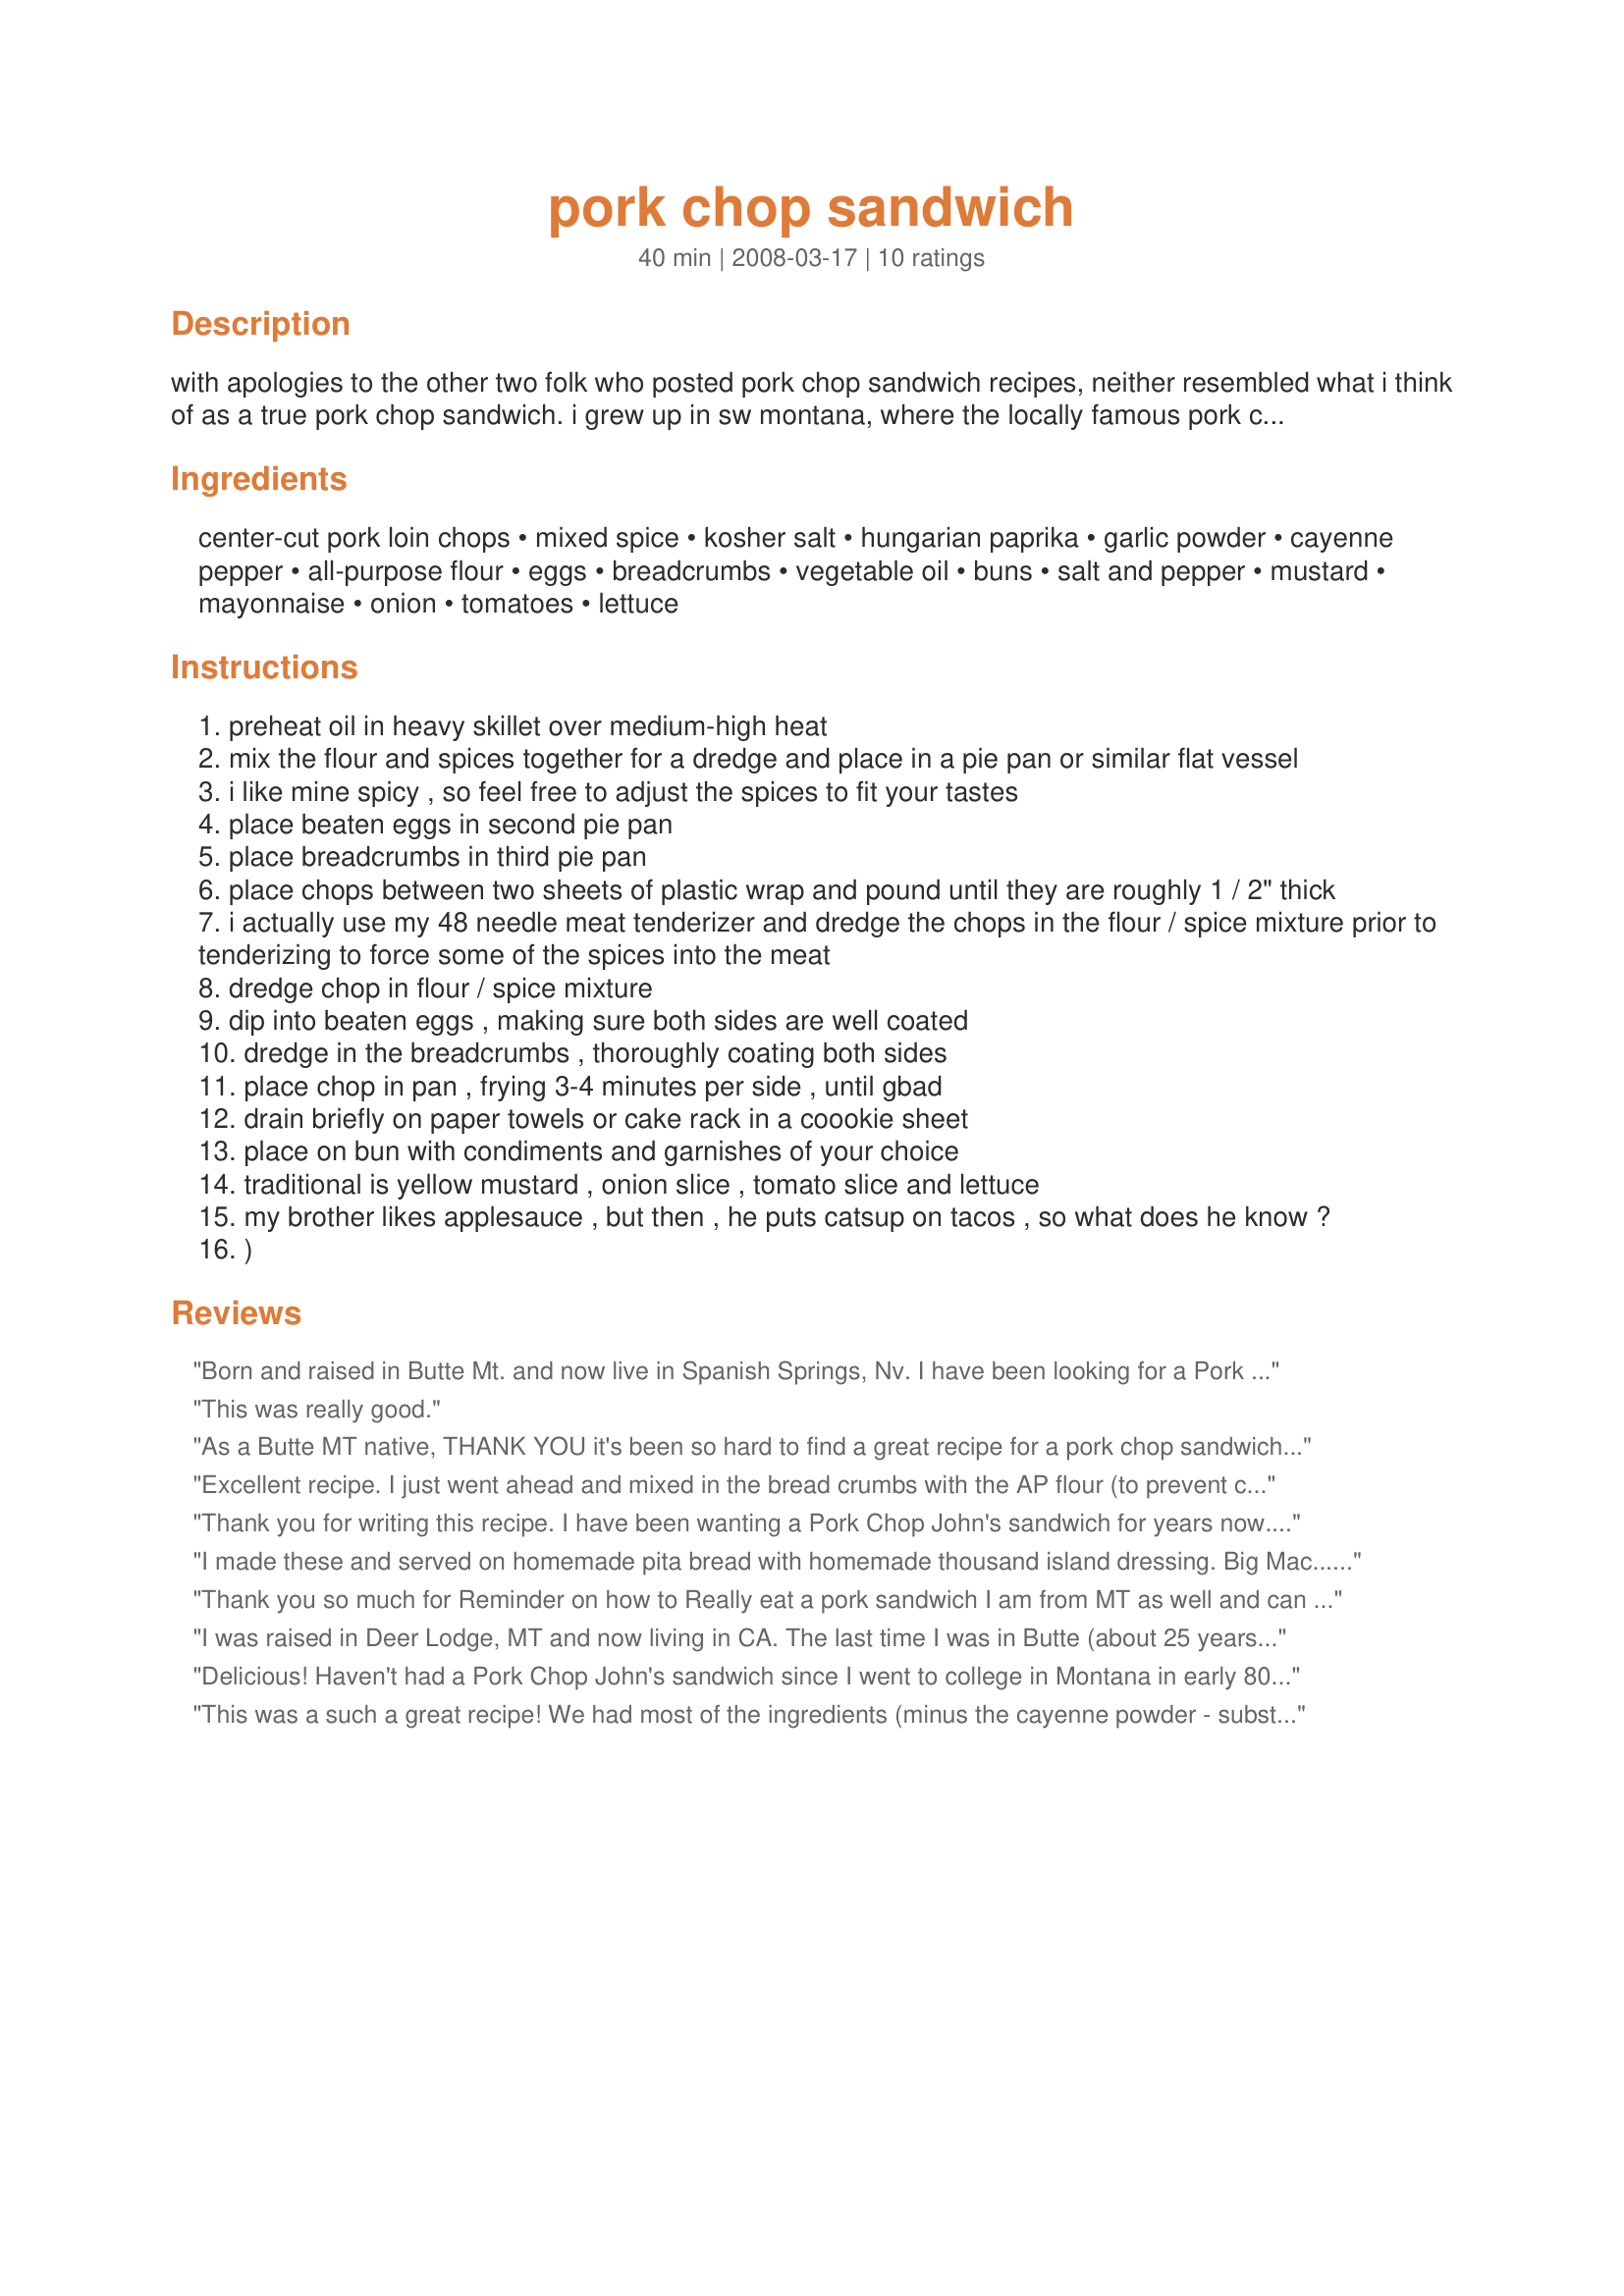
pork chop sandwich
Preparation time: 40 minutes

with apologies to the other two folk who posted pork chop sandwich recipes, neither resembled what i think of as a true pork chop sandwich. i grew up in sw montana, where the locally famous pork chop john's sandwich shops exist. i believe the originals are actually battered after flouring and then deep fried and i never pass up a chance to eat one if i am in butte or bozeman, but i don't even own a deep fryer, so i fiddled around with what originally was my favorite chicken fried steak recipe until i came up with this.

Ingredients:
center-cut pork loin chops, mixed spice, kosher salt, hungarian paprika, garlic powder, cayenne pepper, all-purpose flour, eggs, breadcrumbs, vegetable oil, buns, salt and pepper, mustard, mayonnaise, onion, tomatoes, lettuce

Steps:
preheat oil in heavy skillet over medium-high heat
mix the flour and spices together for a dredge and place in a pie pan or similar flat vessel
i like mine spicy , so feel free to adjust the spices to fit your tastes
place beaten eggs in second pie pan
place breadcrumbs in third pie pan
place chops between two sheets of plastic wrap and pound until they are roughly 1 / 2" thick
i actually use my 48 needle meat tenderizer and dredge the chops in the flour / spice mixture prior to tenderizing to force some of the spices into the meat
dredge chop in flour / spice mixture
dip into beaten eggs , making sure both sides are well coated
dredge in the breadcrumbs , thoroughly coating both sides
place chop in pan , frying 3-4 minutes per side , until gbad
drain briefly on paper towels or cake rack in a coookie sheet
place on bun with condiments and garnishes of your choice
traditional is yellow mustard , onion slice , tomato slice and lettuce
my brother likes applesauce , but then , he puts catsup on tacos , so what does he know ?
)

Reviews:
Born and raised in Butte Mt. and now live in Spanish Springs, Nv. I have been looking for a Pork Chop Johns recipe. This is spot on!! A little too salty. Making them this weekend. Might make some Pasties too!
This was really good.
As a Butte MT native, THANK YOU it's been so hard to find a great recipe for a pork chop sandwich the way Pork Chop Johns does it, now can you work on pork nuggets ;)
Excellent recipe. I just went ahead and mixed in the bread crumbs with the AP flour (to prevent cleaning up too much!) and spices and enjoyed the deliciousness of the sandwich. I served mine with sweet potato fries and my homemade dipping sauce for said fries. There were NO leftovers!!<br/><br/>I put lettuce, tomato, Frank's Red Hot, hamburger pickle chips, mustard and mayo. My mouth drools thinking of it!
Thank you for writing this recipe. I have been wanting a Pork Chop John's sandwich for years now. Haven't had one since living in Deer Lodge, MT and driving to Butte to ejoy them in the 1970's. I will be cooking some up this weekend. Thanks again.
I made these and served on homemade pita bread with homemade thousand island dressing. Big Mac...eat your heart out!!!
Thank you so much for Reminder on how to Really eat a pork sandwich I am from MT as well and can devour a cuple of these in a sitting simplicity in this recipe goes a long way
I was raised in Deer Lodge, MT and now living in CA. The last time I was in Butte (about 25 years ago) , I had a pork chop sandwich at Pork Chop John's. It's pure gold. There is nothing else like it. Chops are on my grocery list. Can't wait to try this.
Delicious! Haven't had a Pork Chop John's sandwich since I went to college in Montana in early 80's and would make road trips to Butte. One of the culinary treasures of Butte. This recipe was spot on.
This was a such a great recipe! We had most of the ingredients (minus the cayenne powder - substituted w/ 1/2 the amount of cayenne) and it was delicious. My husband was skeptical about a pork chop sandwich, but he is a convert. I think the flour mix would also be great with whiting (sigh) or chicken which I will try next time. My only suggestion is that if your bread is thick, to use a couple of pieces of pork to make it hearty. Thanks so much!
